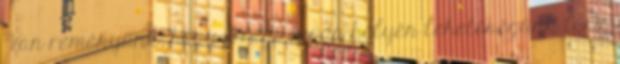
Van reményünk, hogy a régi óvoda helyén lehetőségünk lesz